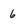
Character: 6